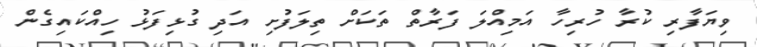
ވިޔަފާރި ކުރާ ހުރިހާ އަމިއްލަ ފަރާތް ތަކަށް ތިލަފުށި އަދި ގުޅިފަޅު ހިއްކައިގެން